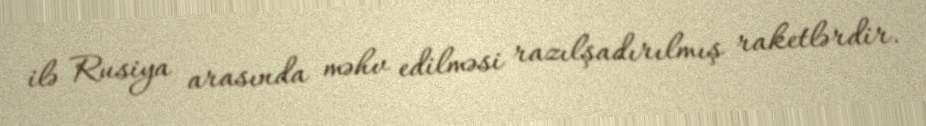
ilə Rusiya arasında məhv edilməsi razılşadırılmış raketlərdir.